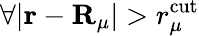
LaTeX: \forall\vert\mathbf{r}-\mathbf{R}_{\mu}\vert>r_{\mu}^{\mathrm{cut}}